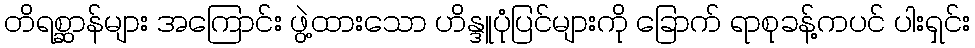
တိရစ္ဆာန်များ အကြောင်း ဖွဲ့ထားသော ဟိန္ဒူပုံပြင်များကို ခြောက် ရာစုခန့်ကပင် ပါးရှင်း